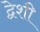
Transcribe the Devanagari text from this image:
द्वेशी